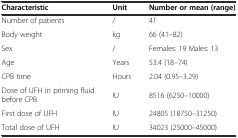
<table><thead><tr><td><b>Characteristic</b></td><td><b>Unit</b></td><td><b>Number or mean (range)</b></td></tr></thead><tbody><tr><td>Number of patients</td><td>/</td><td>41</td></tr><tr><td>Body weight</td><td>kg</td><td>66 (41–82)</td></tr><tr><td>Sex</td><td>/</td><td>Females: 19 Males: 13</td></tr><tr><td>Age</td><td>Years</td><td>53.4 (18–74)</td></tr><tr><td>CPB time</td><td>Hours</td><td>2.04 (0.95–3.29)</td></tr><tr><td>Dose of UFH in priming fluid before CPB</td><td>IU</td><td>8516 (6250–10000)</td></tr><tr><td>First dose of UFH</td><td>IU</td><td>24805 (18750–31250)</td></tr><tr><td>Total dose of UFH</td><td>IU</td><td>34023 (25000–45000)</td></tr></tbody></table>